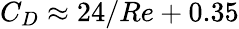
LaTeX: C_{D}\approx 24/Re+0.35